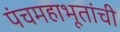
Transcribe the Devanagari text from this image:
पंचमहाभूतांची